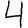
Digit: 4